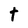
Character: T